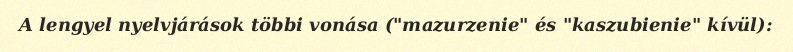
A lengyel nyelvjárások többi vonása ("mazurzenie" és "kaszubienie" kívül):